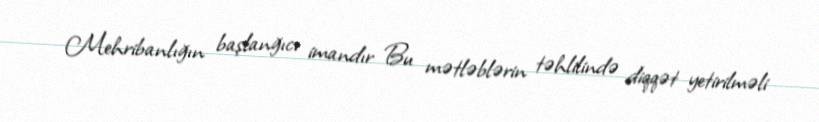
Mehribanlığın başlanğıcı imandır Bu mətləblərin təhlilində diqqət yetirilməli